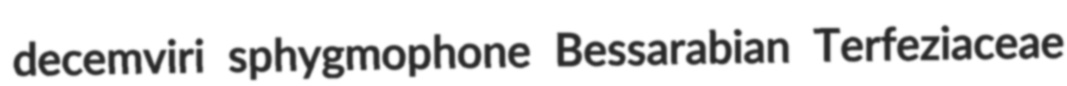
decemviri sphygmophone Bessarabian Terfeziaceae